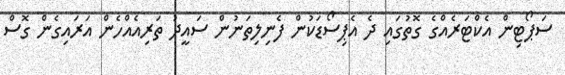
ސަޕޯޓިން އެކްޓަރެއްގެ ގޮތުގައި ދެ އެޕިސޯޑަކުން ފެނިލިތަނުން ސައީދު ތަރިއެއްހެން އަރައިގެން ގޮސް